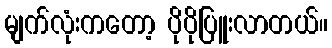
မျက်လုံးကတော့ ပိုပိုပြူးလာတယ်။